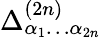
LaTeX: \Delta_{\alpha_{1}\dots\alpha_{2n}}^{(2n)}